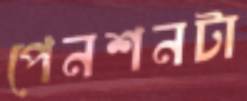
পেনশনটা